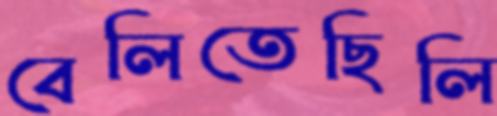
বেলিতেছিলি